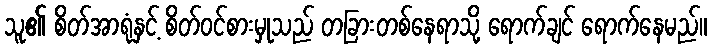
သူ၏ စိတ်အာရုံနှင့် စိတ်ဝင်စားမှုသည် တခြားတစ်နေရာသို့ ရောက်ချင် ရောက်နေမည်။